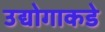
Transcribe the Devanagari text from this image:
उद्योगाकडे